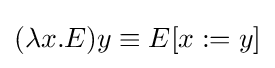
(\lambda x.E)y\equiv E[x:=y]